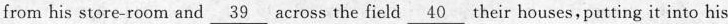
from his store-room and \underline{39} across the field \underline{40} their houses, putting it into his